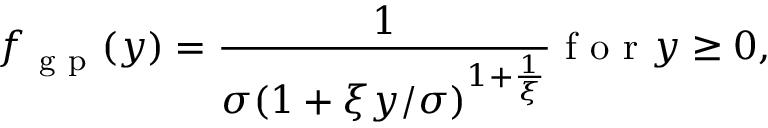
f _ { \mathrm { ~ g ~ p ~ } } ( y ) = \frac 1 { \sigma ( 1 + \xi y / \sigma ) ^ { 1 + \frac 1 \xi } } \mathrm { ~ f ~ o ~ r ~ } y \ge 0 ,